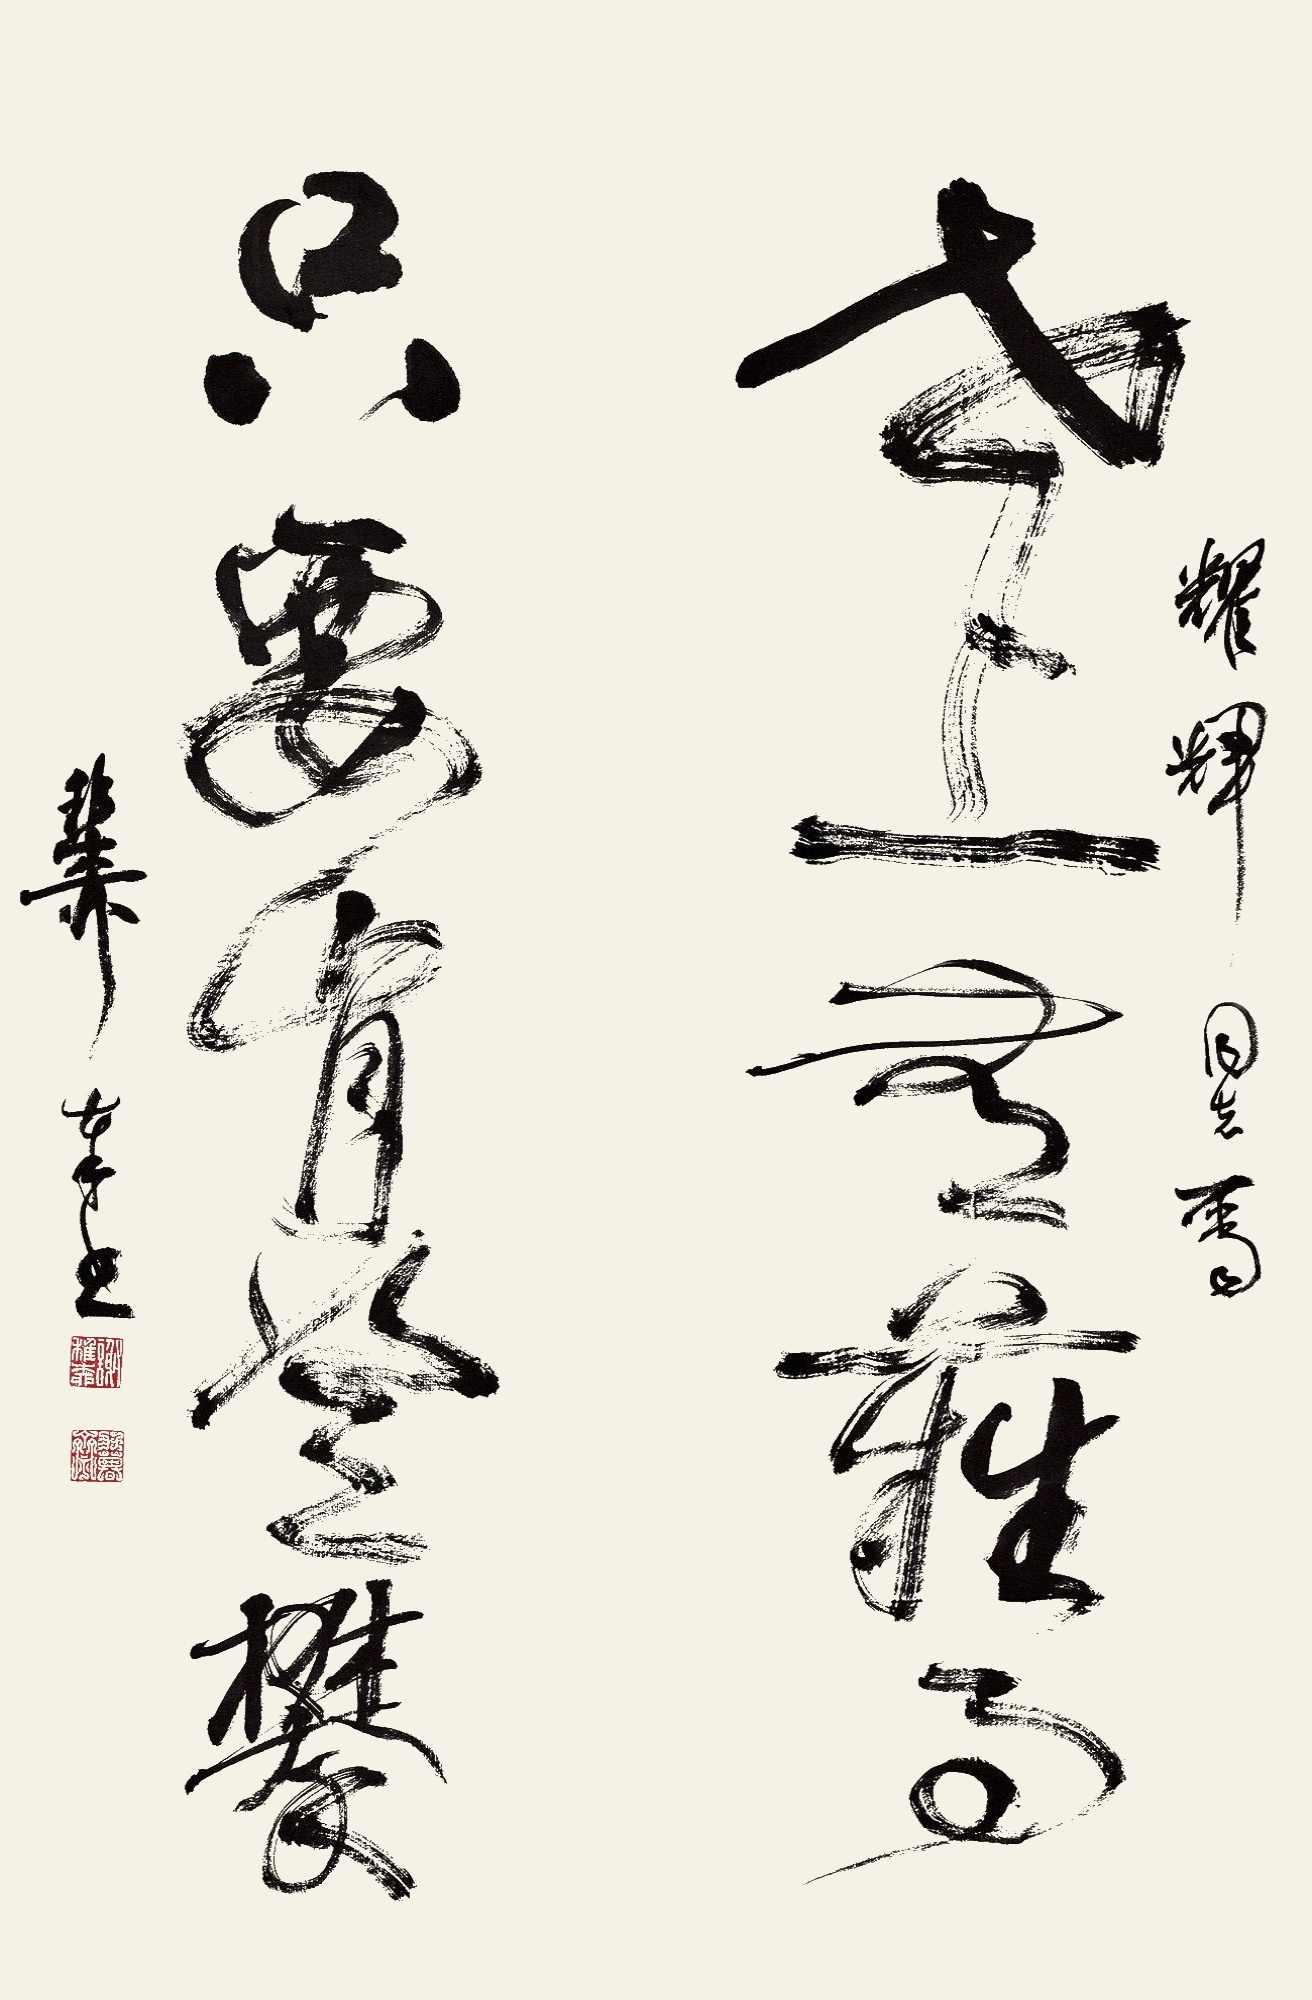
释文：世上无难事，只要肯攀登。耀辉同志属，稚柳奉书。